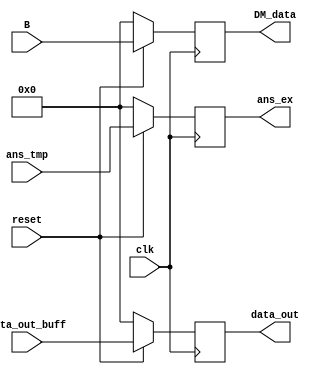
`timescale 1ns / 1ps
//////////////////////////////////////////////////////////////////////////////////
// Company: 
// Engineer: 
// 
// Design Name: 
// Module Name:    register 
// Project Name: 
// Target Devices: 
// Tool versions: 
// Description: 
//
// Dependencies: 
//
// Revision: 
// Revision 0.01 - File Created
// Additional Comments: 
//
//////////////////////////////////////////////////////////////////////////////////
module register(
    output reg [7:0] ans_ex,
    output reg [7:0] data_out,
    output reg [7:0] DM_data,
    input [7:0] ans_tmp,
    input [7:0] data_out_buff,
    input [7:0] B,
    input clk,
    input reset
    );
	 
	 wire [7:0] temp1, temp2, temp3;
	 
	 assign temp1 = (reset) ? ans_tmp : 8'b0000_0000;			// Value of ans_tmp to be scanned at the next clk edge
	 assign temp2 = (reset) ? data_out_buff : 8'b0000_0000;	// Value of data_out_buff to be scanned at the next clk edge
	 assign temp3 = (reset) ? B : 8'b0000_0000;					// Value of data_out_buff to be scanned at the next clk edge
	 
	 always @ (posedge clk)												// Scanning values at next positive edge
	 begin
		ans_ex <= temp1;
		data_out <= temp2;
		DM_data <= temp3; 
	 end

endmodule